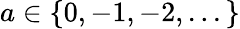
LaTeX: a\in\left\{ 0,-1,-2,...\right\}